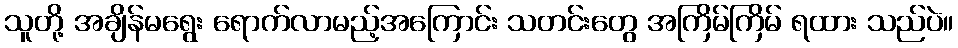
သူတို့ အချိန်မရွေး ရောက်လာမည့်အကြောင်း သတင်းတွေ အကြိမ်ကြိမ် ရထား သည်ပဲ။